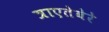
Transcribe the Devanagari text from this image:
त्राएतेवेरे